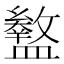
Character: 𥃊